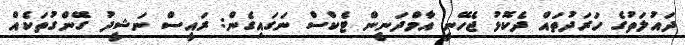
ދައުލަތުގެ ހަރަދުތައް ދެކޮޅު ޖެހޭނީ އާމްދަނީން ޓެކްސް ނަގައިގެން: ރައީސް ނަޝީދު ގޭންގުތަކެއް